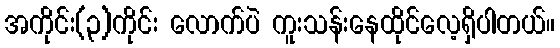
အကိုင်း(၃)ကိုင်း လောက်ပဲ ကူးသန်းနေထိုင်လေ့ရှိပါတယ်။